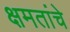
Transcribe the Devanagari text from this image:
क्षमतांचे